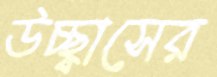
উচ্ছ্বাসের